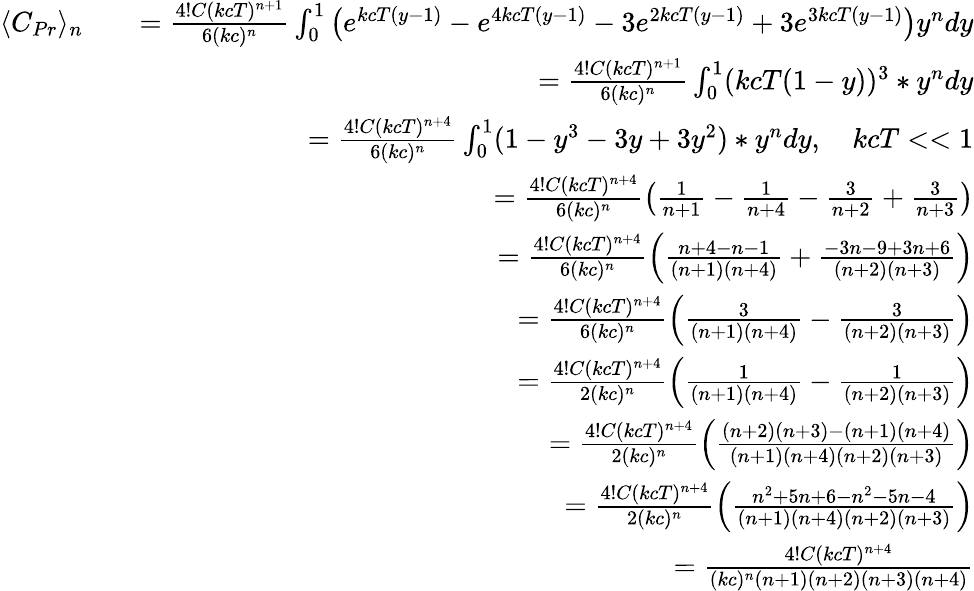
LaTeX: \begin{array}{rlr}{\langle C_{Pr}\rangle_{n}}&{}&{=\frac{4!C(kcT)^{n+1}}{6(kc)^{n}}\int_{0}^{1}\left(e^{kcT(y-1)}-e^{4kcT(y-1)}-3e^{2kcT(y-1)}+3e^{3kcT(y-1)}\right)y^{n}dy}\\ &{}&{=\frac{4!C(kcT)^{n+1}}{6(kc)^{n}}\int_{0}^{1}(kcT(1-y))^{3}*y^{n}dy}\\ &{}&{=\frac{4!C(kcT)^{n+4}}{6(kc)^{n}}\int_{0}^{1}(1-y^{3}-3y+3y^{2})*y^{n}dy,\quad kcT<<1}\\ &{}&{=\frac{4!C(kcT)^{n+4}}{6(kc)^{n}}\left(\frac{1}{n+1}-\frac{1}{n+4}-\frac{3}{n+2}+\frac{3}{n+3}\right)}\\ &{}&{=\frac{4!C(kcT)^{n+4}}{6(kc)^{n}}\left(\frac{n+4-n-1}{(n+1)(n+4)}+\frac{-3n-9+3n+6}{(n+2)(n+3)}\right)}\\ &{}&{=\frac{4!C(kcT)^{n+4}}{6(kc)^{n}}\left(\frac{3}{(n+1)(n+4)}-\frac{3}{(n+2)(n+3)}\right)}\\ &{}&{=\frac{4!C(kcT)^{n+4}}{2(kc)^{n}}\left(\frac{1}{(n+1)(n+4)}-\frac{1}{(n+2)(n+3)}\right)}\\ &{}&{=\frac{4!C(kcT)^{n+4}}{2(kc)^{n}}\left(\frac{(n+2)(n+3)-(n+1)(n+4)}{(n+1)(n+4)(n+2)(n+3)}\right)}\\ &{}&{=\frac{4!C(kcT)^{n+4}}{2(kc)^{n}}\left(\frac{n^{2}+5n+6-n^{2}-5n-4}{(n+1)(n+4)(n+2)(n+3)}\right)}\\ &{}&{=\frac{4!C(kcT)^{n+4}}{(kc)^{n}(n+1)(n+2)(n+3)(n+4)}}\end{array}